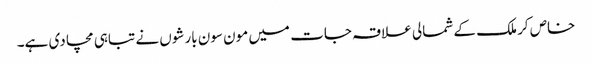
خاص کر ملک کے شمالی علاقہ جات میں مون سون بارشوں نے تباہی مچا دی ہے۔